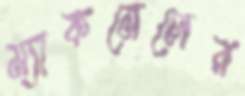
ম্যাকমেলের